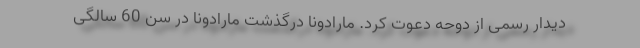
دیدار رسمی از دوحه دعوت کرد. مارادونا درگذشت مارادونا در سن 60 سالگی